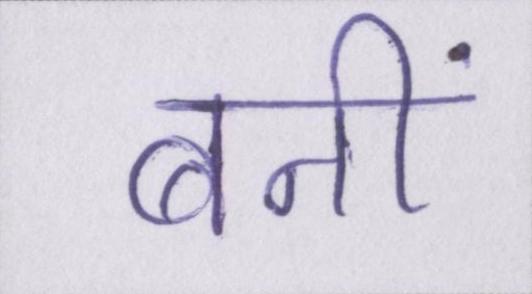
बनीं